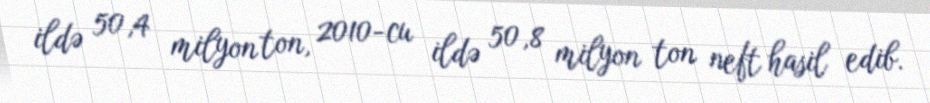
ildə 50,4 milyon ton, 2010-cu ildə 50,8 milyon ton neft hasil edib.